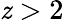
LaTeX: \mathit{z}>2